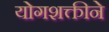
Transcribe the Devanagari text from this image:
योगशक्तीने